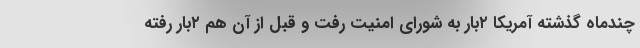
چندماه گذشته آمریکا ۲بار به شورای امنیت رفت و قبل از آن هم ۲بار رفته